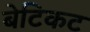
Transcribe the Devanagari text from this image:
बेटिकट